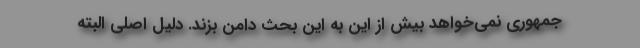
جمهوری نمی‌خواهد بیش از این به این بحث دامن بزند. دلیل اصلی البته